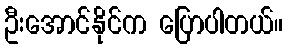
ဦးအောင်နိုင်က ပြောပါတယ်။